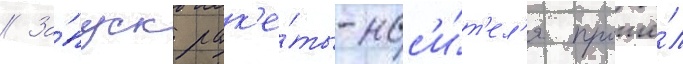
// За́пуск рак'е́ты-нос'и́т'ел'я прошё́л